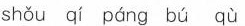
shǒu qí páng bú qù